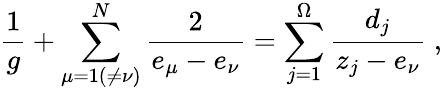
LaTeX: \frac{1}{g}+\sum_{\mu=1(\neq\nu)}^{N}\frac{2}{e_{\mu}-e_{\nu}}=\sum_{j=1}^{\Omega}\frac{d_{j}}{z_{j}-e_{\nu}}\; ,